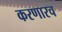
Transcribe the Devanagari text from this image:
करणारच